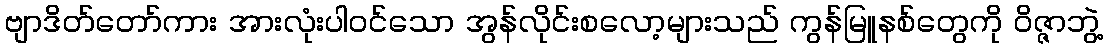
ဗျာဒိတ်တော်ကား အားလုံးပါ၀င်သော အွန်လိုင်းစလော့များသည် ကွန်မြူနစ်တွေကို ဝိဇ္ဇာဘွဲ့